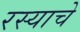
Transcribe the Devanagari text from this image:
रस्याचे